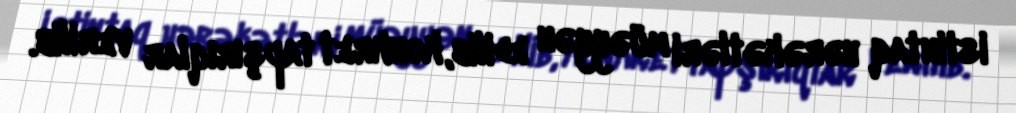
istintaq hərəkətləri müəyyən edilib, konkret tapşırıqlar verilib.